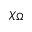
\chi _ { \Omega }